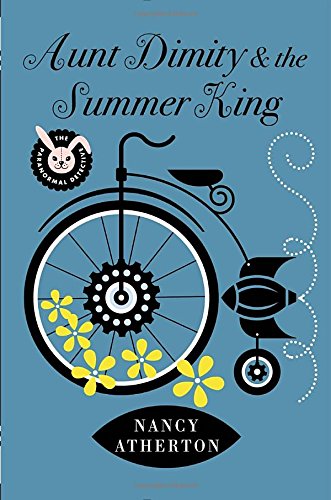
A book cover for Aunt Dimity and the Summer King; Nancy Atherton; Mystery, Thriller & Suspense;